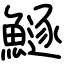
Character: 鱁